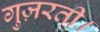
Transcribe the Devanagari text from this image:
गुज़रती।